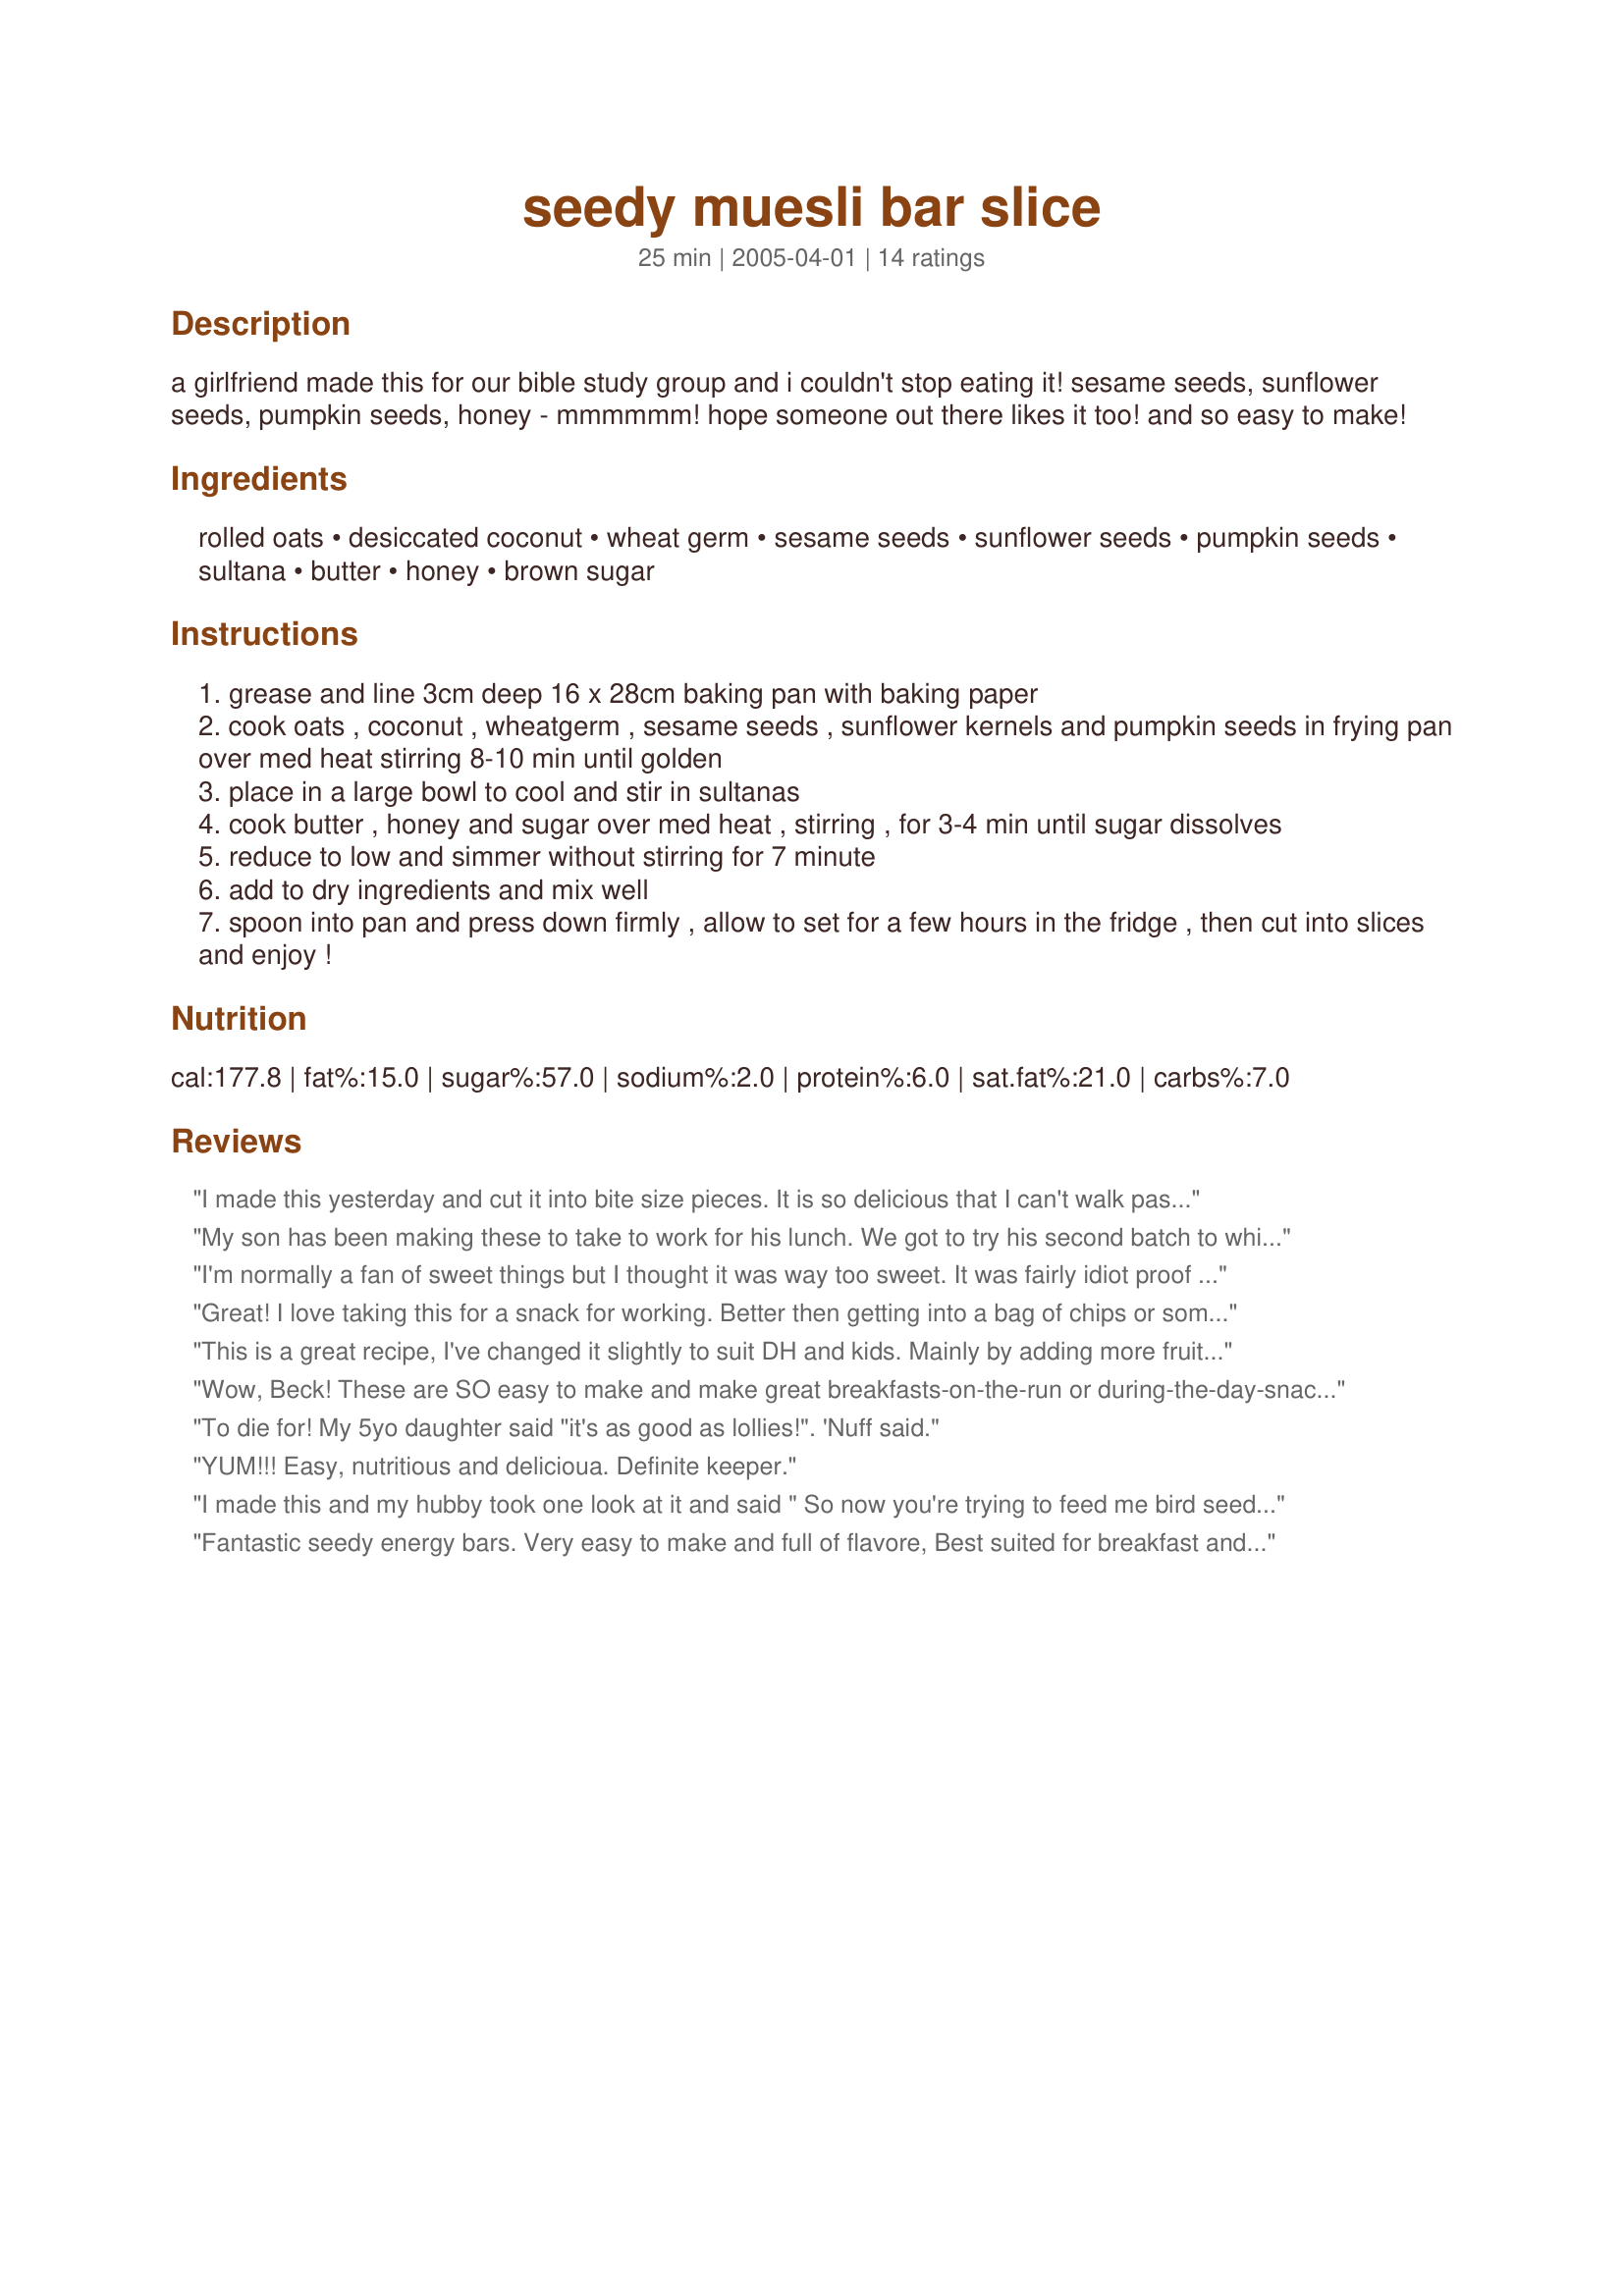
seedy muesli bar slice
Preparation time: 25 minutes

a girlfriend made this for our bible study group and i couldn't stop eating it! sesame seeds, sunflower seeds, pumpkin seeds, honey - mmmmmm! hope someone out there likes it too! and so easy to make!

Ingredients:
rolled oats, desiccated coconut, wheat germ, sesame seeds, sunflower seeds, pumpkin seeds, sultana, butter, honey, brown sugar

Steps:
grease and line 3cm deep 16 x 28cm baking pan with baking paper
cook oats , coconut , wheatgerm , sesame seeds , sunflower kernels and pumpkin seeds in frying pan over med heat stirring 8-10 min until golden
place in a large bowl to cool and stir in sultanas
cook butter , honey and sugar over med heat , stirring , for 3-4 min until sugar dissolves
reduce to low and simmer without stirring for 7 minute
add to dry ingredients and mix well
spoon into pan and press down firmly , allow to set for a few hours in the fridge , then cut into slices and enjoy !

Reviews:
I made this yesterday and cut it into bite size pieces. It is so delicious that I can't walk past the fridge without grabbing a piece!! My fussy 7 year old even loved it, so it will be a welcome addition to her lunchbox , if I'm ever willing to share!!
My son has been making these to take to work for his lunch. We got to try his second batch to which he added almonds, cashews and chia seed to your original posted recipe. Australian desicated coconut is unsweetened, so we thought them not too sweet at all. Only complaint is it's hard to stop eating them.
I'm normally a fan of sweet things but I thought it was way too sweet. It was fairly idiot proof though. Perhaps it might be better if the sugar or honey content was decreased.
Great! I love taking this for a snack for working. Better then getting into a bag of chips or some chocolate.
If you dont want to use butter try some coconut oil. I would try around 1/4 cup of coconut oil. Also forego putting in the actual coconut. Otherwise it will be very sweet.
Great recipe thanks!
This is a great recipe, I've changed it slightly to suit DH and kids. Mainly by adding more fruits and less seeds. I'm looking to find a way that they stick better together and do not always have to be stored in the fridge. That's a work in progress. But all in all, a great recipe and thanks!
Wow, Beck! These are SO easy to make and make great breakfasts-on-the-run or during-the-day-snacks! Low fat, nutritious and so much cheaper than the commercial equivalents. In the C21st, recipes such as this one are absolute winners! Thanks so much for sharing. I’ll be making these regularly from now on: they meet my life-style needs – and they’re delicious!
To die for! My 5yo daughter said "it's as good as lollies!". 'Nuff said.
YUM!!! Easy, nutritious and delicioua. Definite keeper.
I made this and my hubby took one look at it and said " So now you're trying to feed me bird seed?!" And guess who nearly ate the whole slice then?! Its delicious and really easy to make. And the whole family loves it!!
Fantastic seedy energy bars. Very easy to make and full of flavore, Best suited for breakfast and as a daily snack. I've tried them also before my workout, excellent. Next time I will add a little more honey to make them a little more sticky. Then they will be fantastic for on-the-run-power-bars. Why to buy expensive bars, if you can have your homemade seedy power bars. Thanks for sharing.
Thanks for the recipe... as someone said before I also found it a little sweet. Next time will try a little less sugar. I also toasted all the ingredients separately so nothing got burnt.. and soaked the sultanas in hot water first to plump them up and leach out any sulphides. Can't wait to experiment with different combinations of things - the measurements were all perfect! Definitely a keeper!
Yummy! A hit with everyone who tried it. I would like to find out suggestions to cut the butter out of this recipe, maybe an alternative ingredient? 

Thanks for sharing this great recipe!
Yum I love this slice!! So easy and tastes so good! Healthy too! Better than a slice of cake or biscuit. Lasts hubby and I all week for our lunch
This recipe is AMAZING!!! Super easy and versatile, add whatever you want - only makes it more delicious! Great for a snack and in lunchboxes! Highly recommend, thanks for the recipe!
